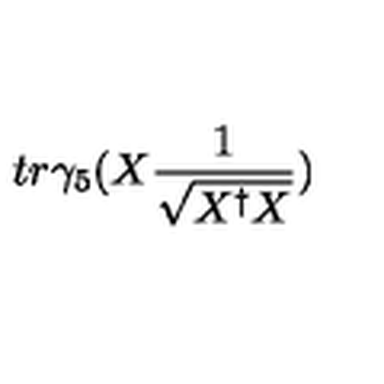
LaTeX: t r \gamma _ { 5 } ( X \frac { 1 } { \sqrt { X ^ { \dagger } X } } )